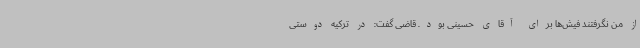
از من نگرفتند فیش‌ها برای آقای حسینی بود. قاضی گفت: در ترکیه دوستی